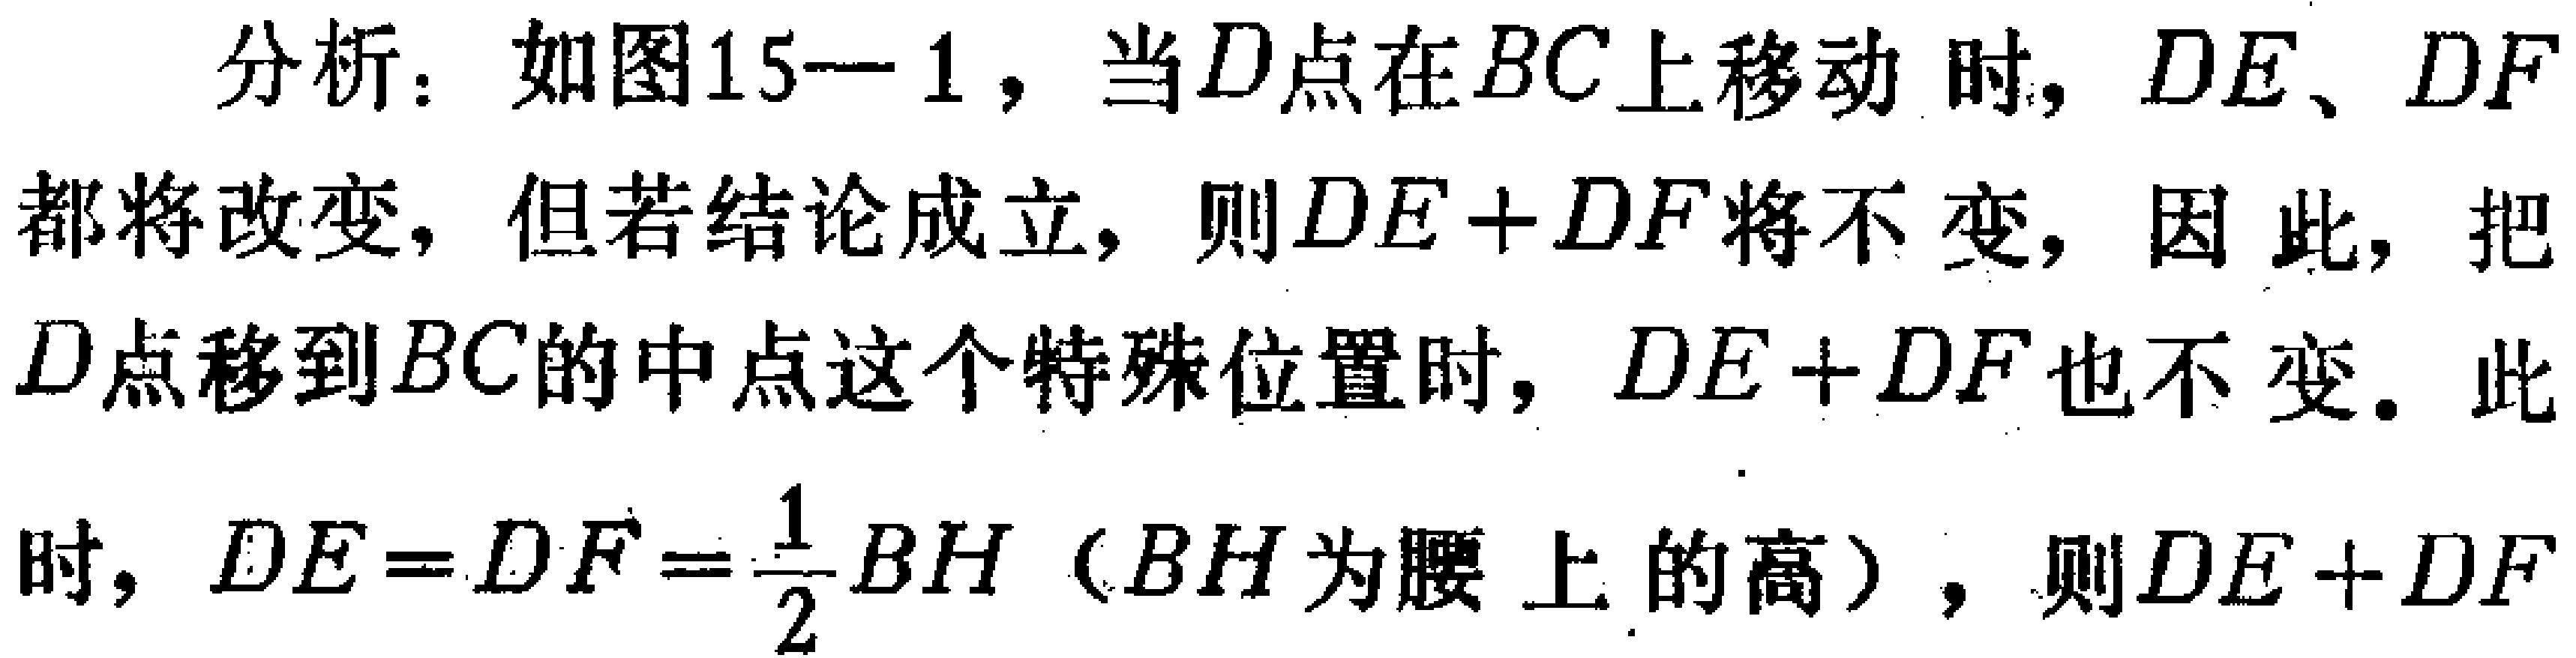
分析：如图15—1，当\(D\)点在\(BC\)上移动时，\(DE\)、\(DF\)都将改变，但若结论成立，则\(DE + DF\)将不变，因此，把\(D\)点移到\(BC\)的中点这个特殊位置时，\(DE + DF\)也不变。此时，\(DE = DF=\frac{1}{2}BH\)（\(BH\)为腰上的高），则\(DE + DF\)